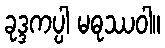
ခုဒ္ဒကပ္ပါ မဓုဿဝါ။